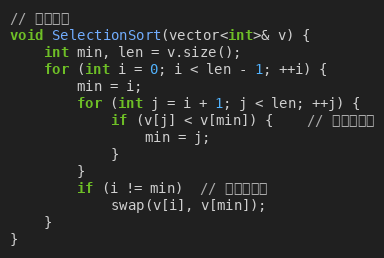
Language: C
// 选择排序
void SelectionSort(vector<int>& v) {
	int min, len = v.size();
	for (int i = 0; i < len - 1; ++i) {
		min = i;
		for (int j = i + 1; j < len; ++j) {
			if (v[j] < v[min]) {    // 标记最小的
				min = j;
			}
		}
		if (i != min)  // 交换到前面
			swap(v[i], v[min]);
	}
}